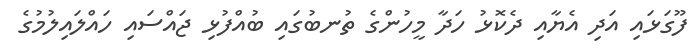
ފޫގަޅައި އަދި އެޔާއި ދެކޮޅު ހަދާ މީހުންގެ ތުނބުގައި ބުއްފުޅި ޖައްސައި ހައްލައިލުމުގެ